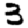
Digit: 3